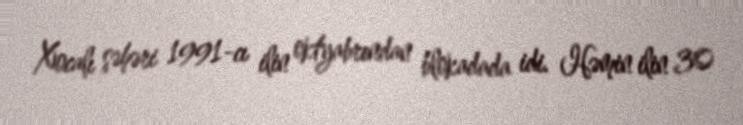
Xocalı şəhəri 1991-cı ilin oktyabrından blokadada idi. Həmin ilin 30